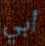
أبي